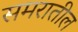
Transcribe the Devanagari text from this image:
समरातील